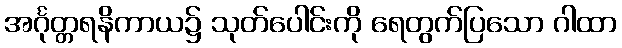
အင်္ဂုတ္တရနိကာယ၌ သုတ်ပေါင်းကို ရေတွက်ပြသော ဂါထာ